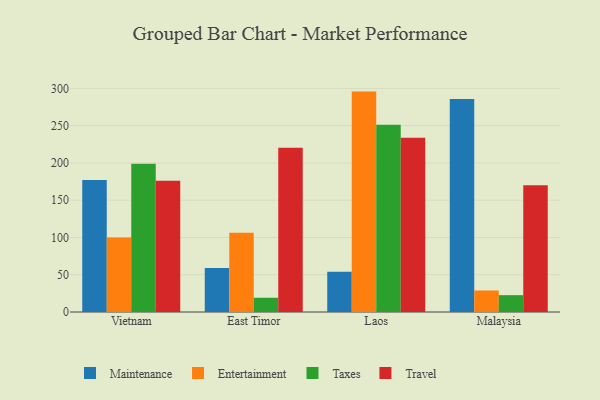
{"axis": {"x": "Country", "y": "Net Income (USD K)"}, "legend": ["Entertainment", "Maintenance", "Taxes", "Travel"], "data": [{"x": "Vietnam", "y": 177.2, "type": "Maintenance"}, {"x": "Vietnam", "y": 100.1, "type": "Entertainment"}, {"x": "Vietnam", "y": 199.0, "type": "Taxes"}, {"x": "Vietnam", "y": 176.1, "type": "Travel"}, {"x": "East Timor", "y": 59.0, "type": "Maintenance"}, {"x": "East Timor", "y": 106.2, "type": "Entertainment"}, {"x": "East Timor", "y": 19.1, "type": "Taxes"}, {"x": "East Timor", "y": 220.2, "type": "Travel"}, {"x": "Laos", "y": 54.0, "type": "Maintenance"}, {"x": "Laos", "y": 295.7, "type": "Entertainment"}, {"x": "Laos", "y": 251.1, "type": "Taxes"}, {"x": "Laos", "y": 233.7, "type": "Travel"}, {"x": "Malaysia", "y": 285.9, "type": "Maintenance"}, {"x": "Malaysia", "y": 28.9, "type": "Entertainment"}, {"x": "Malaysia", "y": 22.6, "type": "Taxes"}, {"x": "Malaysia", "y": 170.0, "type": "Travel"}]}